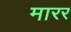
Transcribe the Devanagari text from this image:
मारर